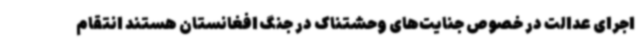
اجرای عدالت در خصوص جنایت‌های وحشتناک در جنگ افغانستان هستند انتقام